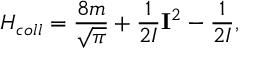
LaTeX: H _ { c o l l } = \frac { 8 m } { \sqrt { \pi } } + \frac { 1 } { 2 { \cal I } } { \bf I } ^ { 2 } - \frac { 1 } { 2 { \cal I } } ,